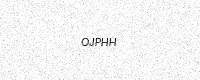
Text: OJPHH